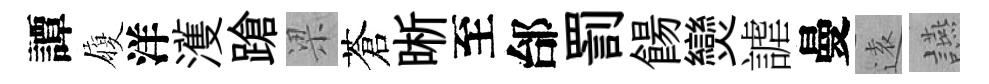
譚履洋濩蹌梁蒼晰至邰罰餳𤓖謔曼逺讌